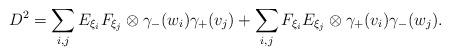
LaTeX: \begin{align*}D^2 = \sum_{i, j} E_{\xi_i} F_{\xi_j} \otimes \gamma_-(w_i) \gamma_+(v_j) + \sum_{i, j} F_{\xi_i} E_{\xi_j} \otimes \gamma_+(v_i) \gamma_-(w_j).\end{align*}